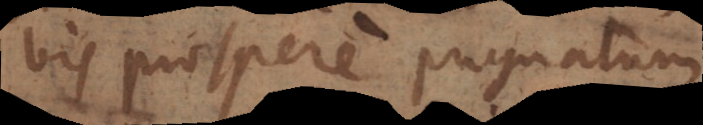
bis prospere pugnatum